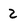
Character: 2